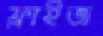
ফ্লাইজ